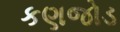
કણજોડ